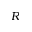
R